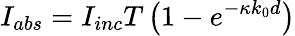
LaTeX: I_{abs}=I_{inc}T\left(1-e^{-\kappa k_{0}d}\right)